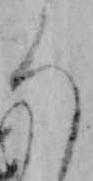
ろ